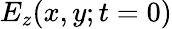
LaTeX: E_{z}(x,y;t=0)